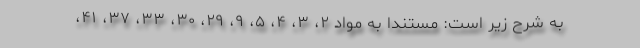
به شرح زیر است: مستندا به مواد ۲، ۳، ۴، ۵، ۹، ۲۹، ۳۰، ۳۳، ۳۷، ۴۱،